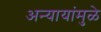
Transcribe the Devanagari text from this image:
अन्यायांमुळे